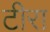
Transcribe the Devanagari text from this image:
टीरा